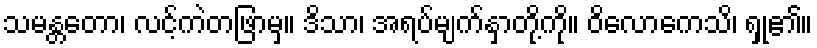
သမန္တတော၊ လင့်ကဲတဖြာမှ။ ဒိသာ၊ အရပ်မျက်နှာတို့ကို။ ဝိလောကေသိ၊ ရှု၏။